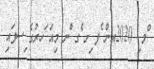
ްލ ި 2020އން ެފ ިށ ެގ ްނ މިއަ ަހރުގެ ިސފައި